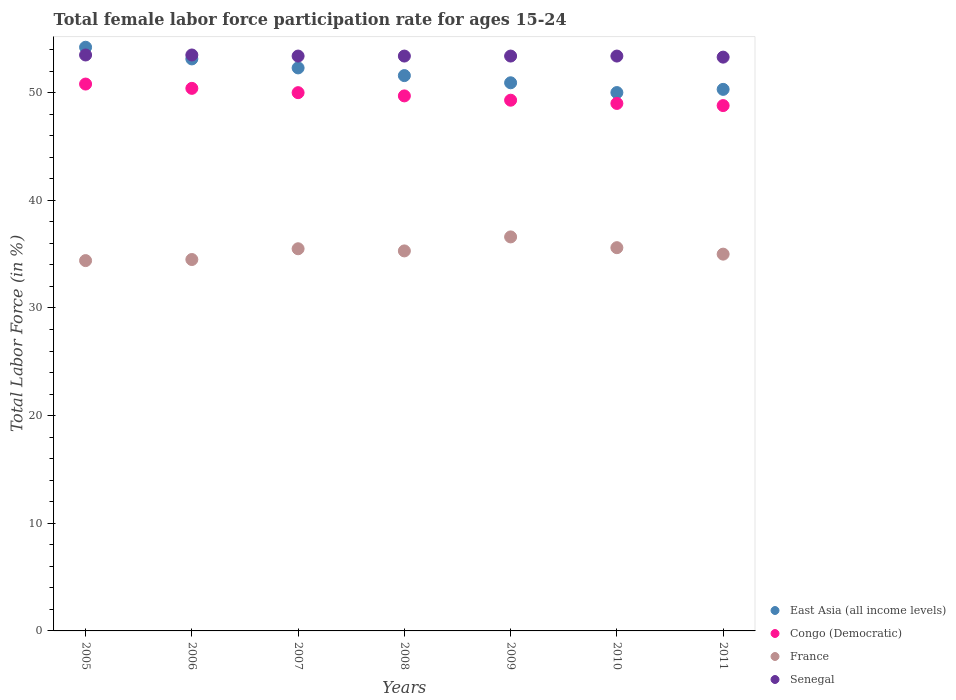
| Years | East Asia (all income levels) | Congo (Democratic) | France | Senegal |
 | --- | --- | --- | --- | --- |
 | 2005 | 54.2 | 50.8 | 34.4 | 53.5 |
 | 2006 | 53.1 | 50.4 | 34.5 | 53.5 |
 | 2007 | 52.3 | 50 | 35.5 | 53.4 |
 | 2008 | 51.6 | 49.7 | 35.3 | 53.4 |
 | 2009 | 50.9 | 49.3 | 36.6 | 53.4 |
 | 2010 | 50 | 49 | 35.6 | 53.4 |
 | 2011 | 50.3 | 48.8 | 35 | 53.3 |